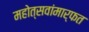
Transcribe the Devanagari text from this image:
महोत्सवांमार्फत